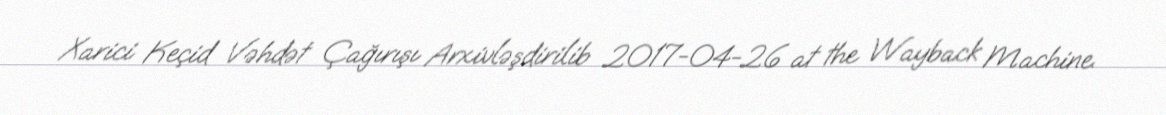
Xarici Keçid Vəhdət Çağırışı Arxivləşdirilib 2017-04-26 at the Wayback Machine.